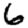
Digit: 6